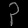
Digit: ၃